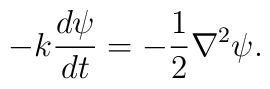
-k\frac{d\psi}{dt} = -\frac{1}{2} \nabla^2 \psi.